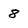
Character: 8